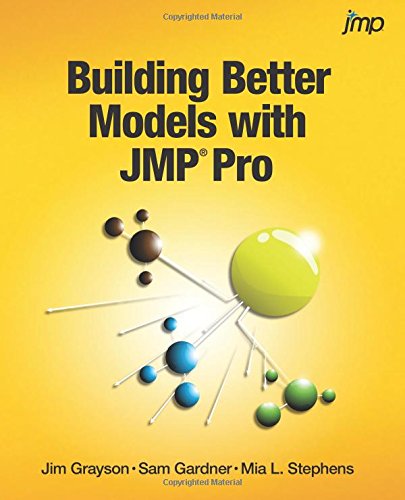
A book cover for Building Better Models with JMP Pro; Jim Grayson; Computers & Technology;